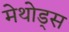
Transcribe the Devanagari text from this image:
मेथोड्स